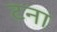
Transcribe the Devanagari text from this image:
टना